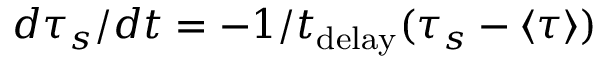
d \tau _ { s } / d t = - 1 / t _ { \mathrm { d e l a y } } ( \tau _ { s } - \langle \tau \rangle )